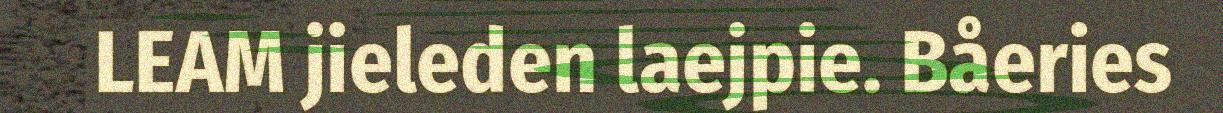
LEAM jieleden laejpie. Båeries